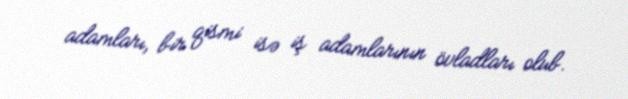
adamları, bir qismi isə iş adamlarının övladları olub.